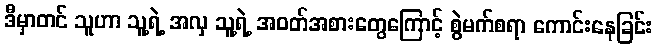
ဒီမှာတင် သူဟာ သူ့ရဲ့ အလှ သူ့ရဲ့ အဝတ်အစားတွေကြောင့် စွဲမက်စရာ ကောင်းနေခြင်း